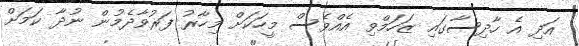
އަދި އެ ހާދިސާގައި ޒަހަމްވި އެއްވެސް މީހަކަށް މިހާރު ފަރުވާދެމުން ނުދާ ކަމަށް